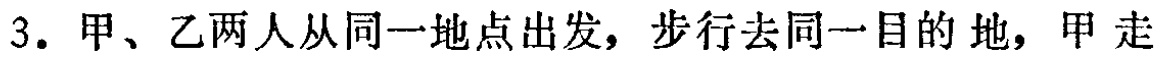
3. 甲、乙两人从同一地点出发，步行去同一目的地，甲走